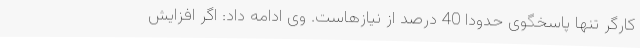
کارگر تنها پاسخگوی حدودا 40 درصد از نیازهاست. وی ادامه داد: اگر افزایش